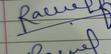
Signature authenticity: genuine